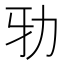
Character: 𠡅